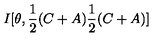
I [ \theta , \frac { 1 } { 2 } ( C + A ) \frac { 1 } { 2 } ( C + A ) ]